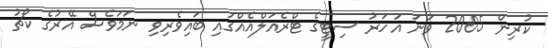
ކުރިން 2005 ވަނަ އަހަރު ސިޓީގެ ޓްރެއަލްއެއްގައި ބައިވެރިވި ނަމަވެސް އޭރުގެ ކޯޗު